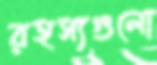
রহস্যগুলো